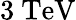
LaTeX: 3~{\textrm{TeV}}